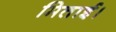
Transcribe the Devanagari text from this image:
मिताई।